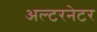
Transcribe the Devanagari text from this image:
अल्‍टरनेटर